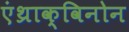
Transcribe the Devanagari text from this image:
एंथ्राक्विनोन